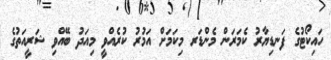
ހައިކޯޓުގެ ފަނޑިޔާރު ކެމަރަން މެންޑަރ މިކަމަށް އަމުރު ކުރެއްވީ މިއަދު ބޭއްވި ޝަރީއަތުގެ